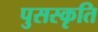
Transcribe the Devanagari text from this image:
पुसस्कृति